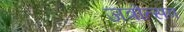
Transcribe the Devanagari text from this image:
जत्रोत्सव